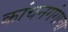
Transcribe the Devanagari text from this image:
कांचनगंगाचा